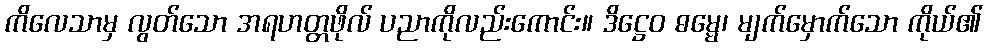
ကိလေသာမှ လွတ်သော အရဟတ္တဖိုလ် ပညာကိုလည်းကောင်း။ ဒိဋ္ဌေဝ ဓမ္မေ၊ မျက်မှောက်သော ကိုယ်၏